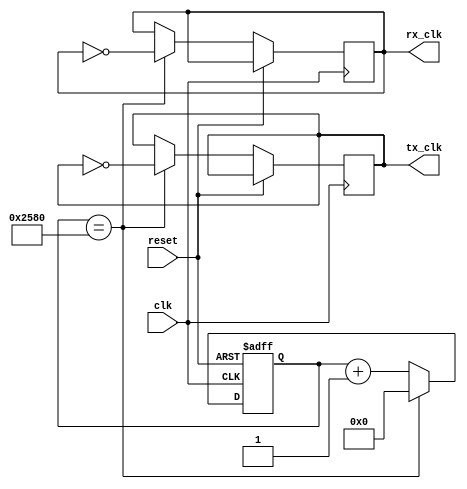
module uart_timing_control_and_sync (
    input wire clk,
    input wire reset,
    output wire tx_clk,
    output wire rx_clk
);

reg [15:0] baud_counter;
reg [15:0] sync_counter;

parameter BAUD_RATE = 9600;

always @(posedge clk or posedge reset) begin
    if (reset) begin
        baud_counter <= 16'd0;
        sync_counter <= 16'd0;
    end else begin
        if (baud_counter == BAUD_RATE) begin
            baud_counter <= 16'd0;
            tx_clk <= ~tx_clk;
            rx_clk <= ~rx_clk;
        end else begin
            baud_counter <= baud_counter + 1;
        end
        
        if (sync_counter == 8'd127) begin
            sync_counter <= 16'd0;
            // Synchronize transmitter and receiver clocks here
        end else begin
            sync_counter <= sync_counter + 1;
        end
    end
end

endmodule